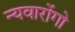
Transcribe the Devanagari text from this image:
न्यवारोंगो